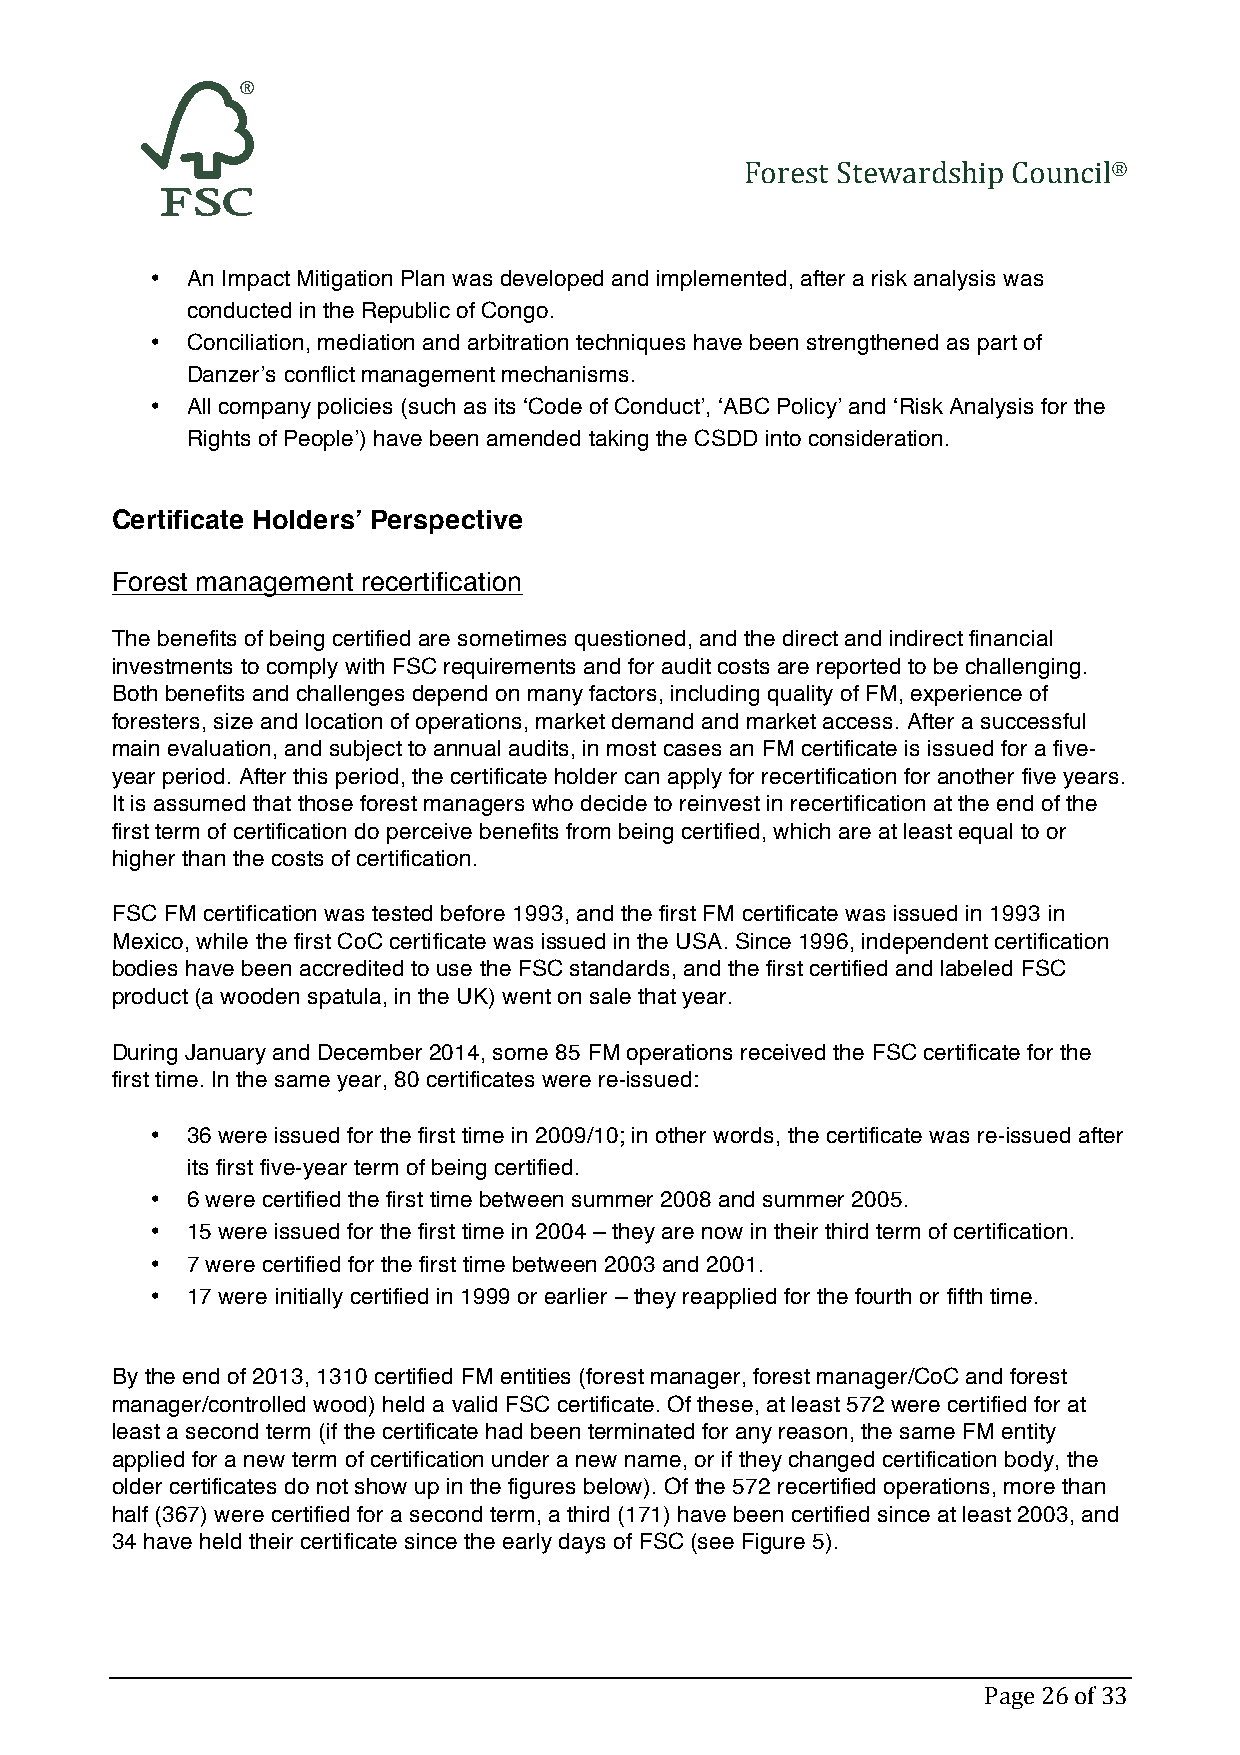
Forest Stewardship Council®
 • An Impact Mitigation Plan was developed and implemented, after a risk analysis was
 conducted in the Republic of Congo.
 • Conciliation, mediation and arbitration techniques have been strengthened as part of
 Danzer’s conflict management mechanisms.
 • All company policies (such as its ‘Code of Conduct’, ‘ABC Policy’ and ‘Risk Analysis for the
 Rights of People’) have been amended taking the CSDD into consideration.
 Certificate Holders’ Perspective
 Forest management recertification
 The benefits of being certified are sometimes questioned, and the direct and indirect financial
 investments to comply with FSC requirements and for audit costs are reported to be challenging.
 Both benefits and challenges depend on many factors, including quality of FM, experience of
 foresters, size and location of operations, market demand and market access. After a successful
 main evaluation, and subject to annual audits, in most cases an FM certificate is issued for a five-
 year period. After this period, the certificate holder can apply for recertification for another five years.
 It is assumed that those forest managers who decide to reinvest in recertification at the end of the
 first term of certification do perceive benefits from being certified, which are at least equal to or
 higher than the costs of certification.
 FSC FM certification was tested before 1993, and the first FM certificate was issued in 1993 in
 Mexico, while the first CoC certificate was issued in the USA. Since 1996, independent certification
 bodies have been accredited to use the FSC standards, and the first certified and labeled FSC
 product (a wooden spatula, in the UK) went on sale that year.
 During January and December 2014, some 85 FM operations received the FSC certificate for the
 first time. In the same year, 80 certificates were re-issued:
 • 36 were issued for the first time in 2009/10; in other words, the certificate was re-issued after
 its first five-year term of being certified.
 • 6 were certified the first time between summer 2008 and summer 2005.
 • 15 were issued for the first time in 2004 – they are now in their third term of certification.
 • 7 were certified for the first time between 2003 and 2001.
 • 17 were initially certified in 1999 or earlier – they reapplied for the fourth or fifth time.
 By the end of 2013, 1310 certified FM entities (forest manager, forest manager/CoC and forest
 manager/controlled wood) held a valid FSC certificate. Of these, at least 572 were certified for at
 least a second term (if the certificate had been terminated for any reason, the same FM entity
 applied for a new term of certification under a new name, or if they changed certification body, the
 older certificates do not show up in the figures below). Of the 572 recertified operations, more than
 half (367) were certified for a second term, a third (171) have been certified since at least 2003, and
 34 have held their certificate since the early days of FSC (see Figure 5).
 Page 26 of 33